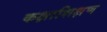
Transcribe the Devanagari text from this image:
कक्षाशिक्षण